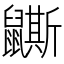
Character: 𪖉